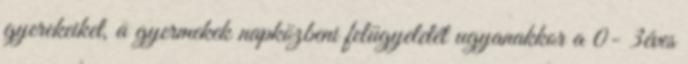
gyerekeiket, a gyermekek napközbeni felügyeletét ugyanakkor a 0- 3éves